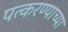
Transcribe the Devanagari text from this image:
पत्करण्याच्या